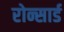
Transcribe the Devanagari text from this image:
रोन्सार्ड